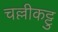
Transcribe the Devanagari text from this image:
चल्लीकट्टु